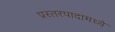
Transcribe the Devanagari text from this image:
प्रस्तरपादामध्ये